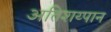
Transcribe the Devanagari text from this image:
अतिशय्पान